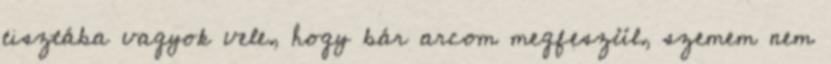
tisztába vagyok vele, hogy bár arcom megfeszül, szemem nem